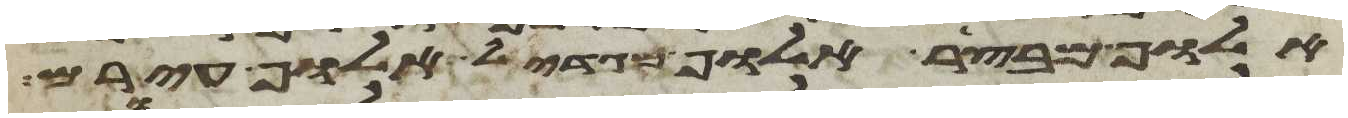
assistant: אלוף מבצר אלוף מגדאל אלוף עירם